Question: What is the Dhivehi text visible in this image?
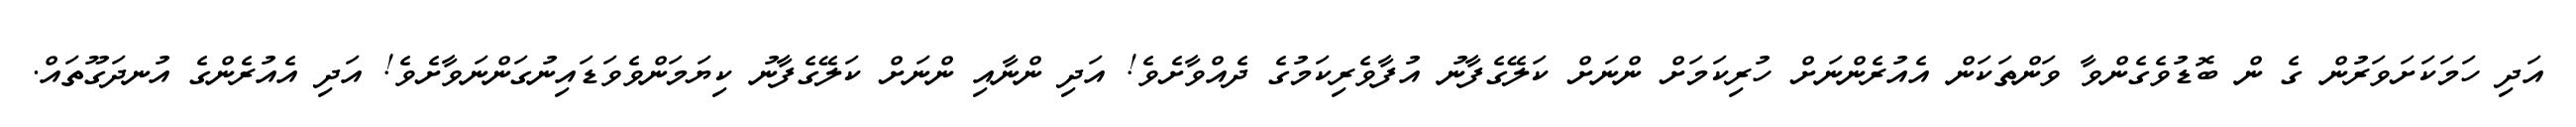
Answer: އަދި ހަމަކަށަވަރުން ގެ ން ބޮޑުވެގެންވާ ވަންތަކަން އެއުރެންނަށް ހުރިކަމަށް ންނަށް ކަލޭގެފާނު އުފާވެރިކަމުގެ ދެއްވާށެވެ! އަދި ންނާއި ންނަށް ކަލޭގެފާނު ކިޔަމަންވެވަޑައިނުގަންނަވާށެވެ! އަދި އެއުރެންގެ އުނދަގޫތައް.